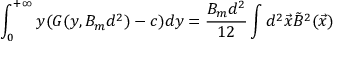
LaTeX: \int _ { 0 } ^ { + \infty } y ( G ( y , B _ { m } d ^ { 2 } ) - c ) d y = \frac { B _ { m } d ^ { 2 } } { 1 2 } \int d ^ { 2 } \vec { x } \tilde { B } ^ { 2 } ( \vec { x } )